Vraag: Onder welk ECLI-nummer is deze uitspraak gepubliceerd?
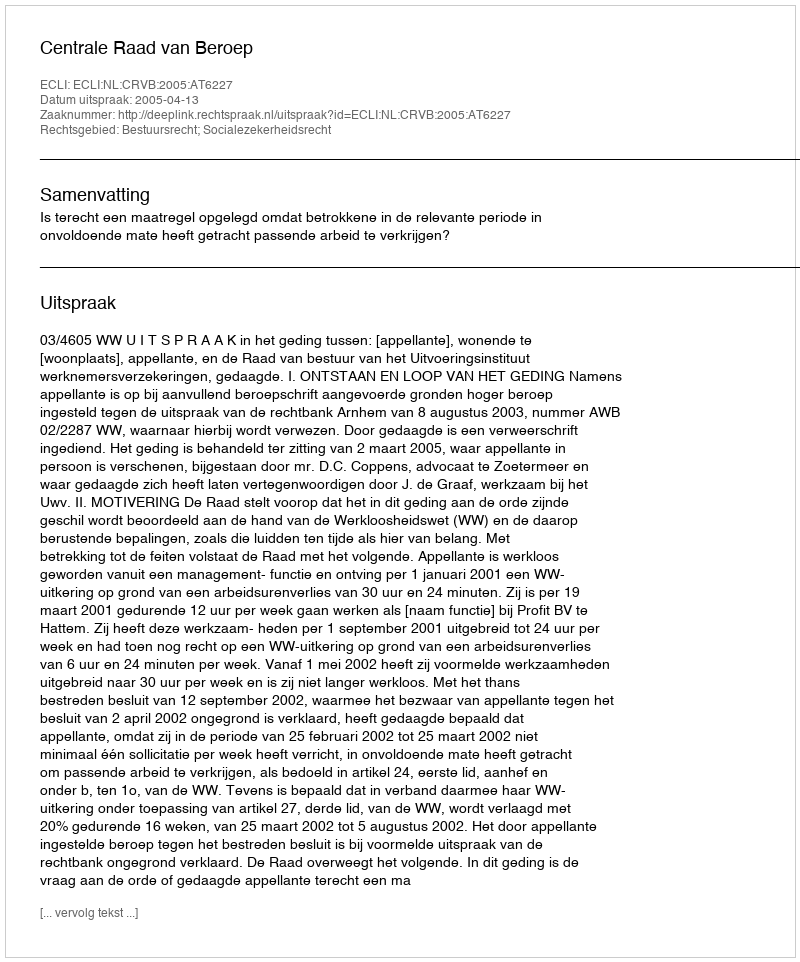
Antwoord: ECLI:NL:CRVB:2005:AT6227